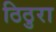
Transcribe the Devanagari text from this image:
ठिठुरा